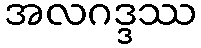
အလဂဒ္ဒဿ